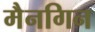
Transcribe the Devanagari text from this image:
मैनगिन